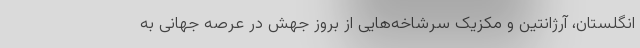
انگلستان، آرژانتین و مکزیک سرشاخه‌هایی از بروز جهش در عرصه جهانی به